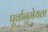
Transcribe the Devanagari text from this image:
पूर्वानुमेयता